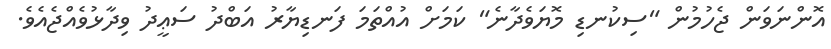
އޮންނަވަން ޖެހުމުން "ސިކުނޑި މޮޔަވެދާނެ" ކަމަށް އުއްތަމަ ފަނޑިޔާރު އަބްދު ސަޢީދު ވިދާޅުވެއްޖެއެވެ.